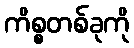
ကိစ္စတစ်ခုကို